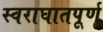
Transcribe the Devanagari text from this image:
स्वराघातपूर्ण